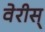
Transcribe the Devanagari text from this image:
वेरीस्